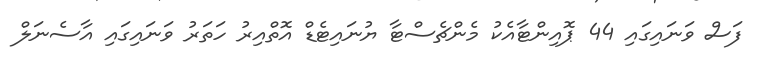
ފަސް ވަނައިގައި 44 ޕޮއިންޓާއެކު މެންޗެސްޓާ ޔުނައިޓެޑް އޮތްއިރު ހަތަރު ވަނައިގައި އާސެނަލް